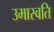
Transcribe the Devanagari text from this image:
उमास्वति